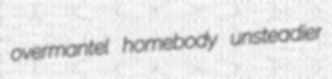
overmantel homebody unsteadier